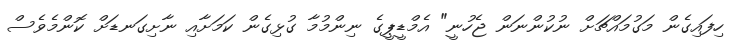
ހިފައިގެން މަގުމައްޗަށް ނުކުންނަން ޖެހުނީ" އެމްޑީޕީގެ ނިންމުމާ ގުޅިގެން ކަމަށާއި ނާށިގަނޑަށް ކޮންމެވެސް